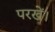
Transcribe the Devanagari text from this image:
परखें।